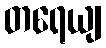
တရေယျ